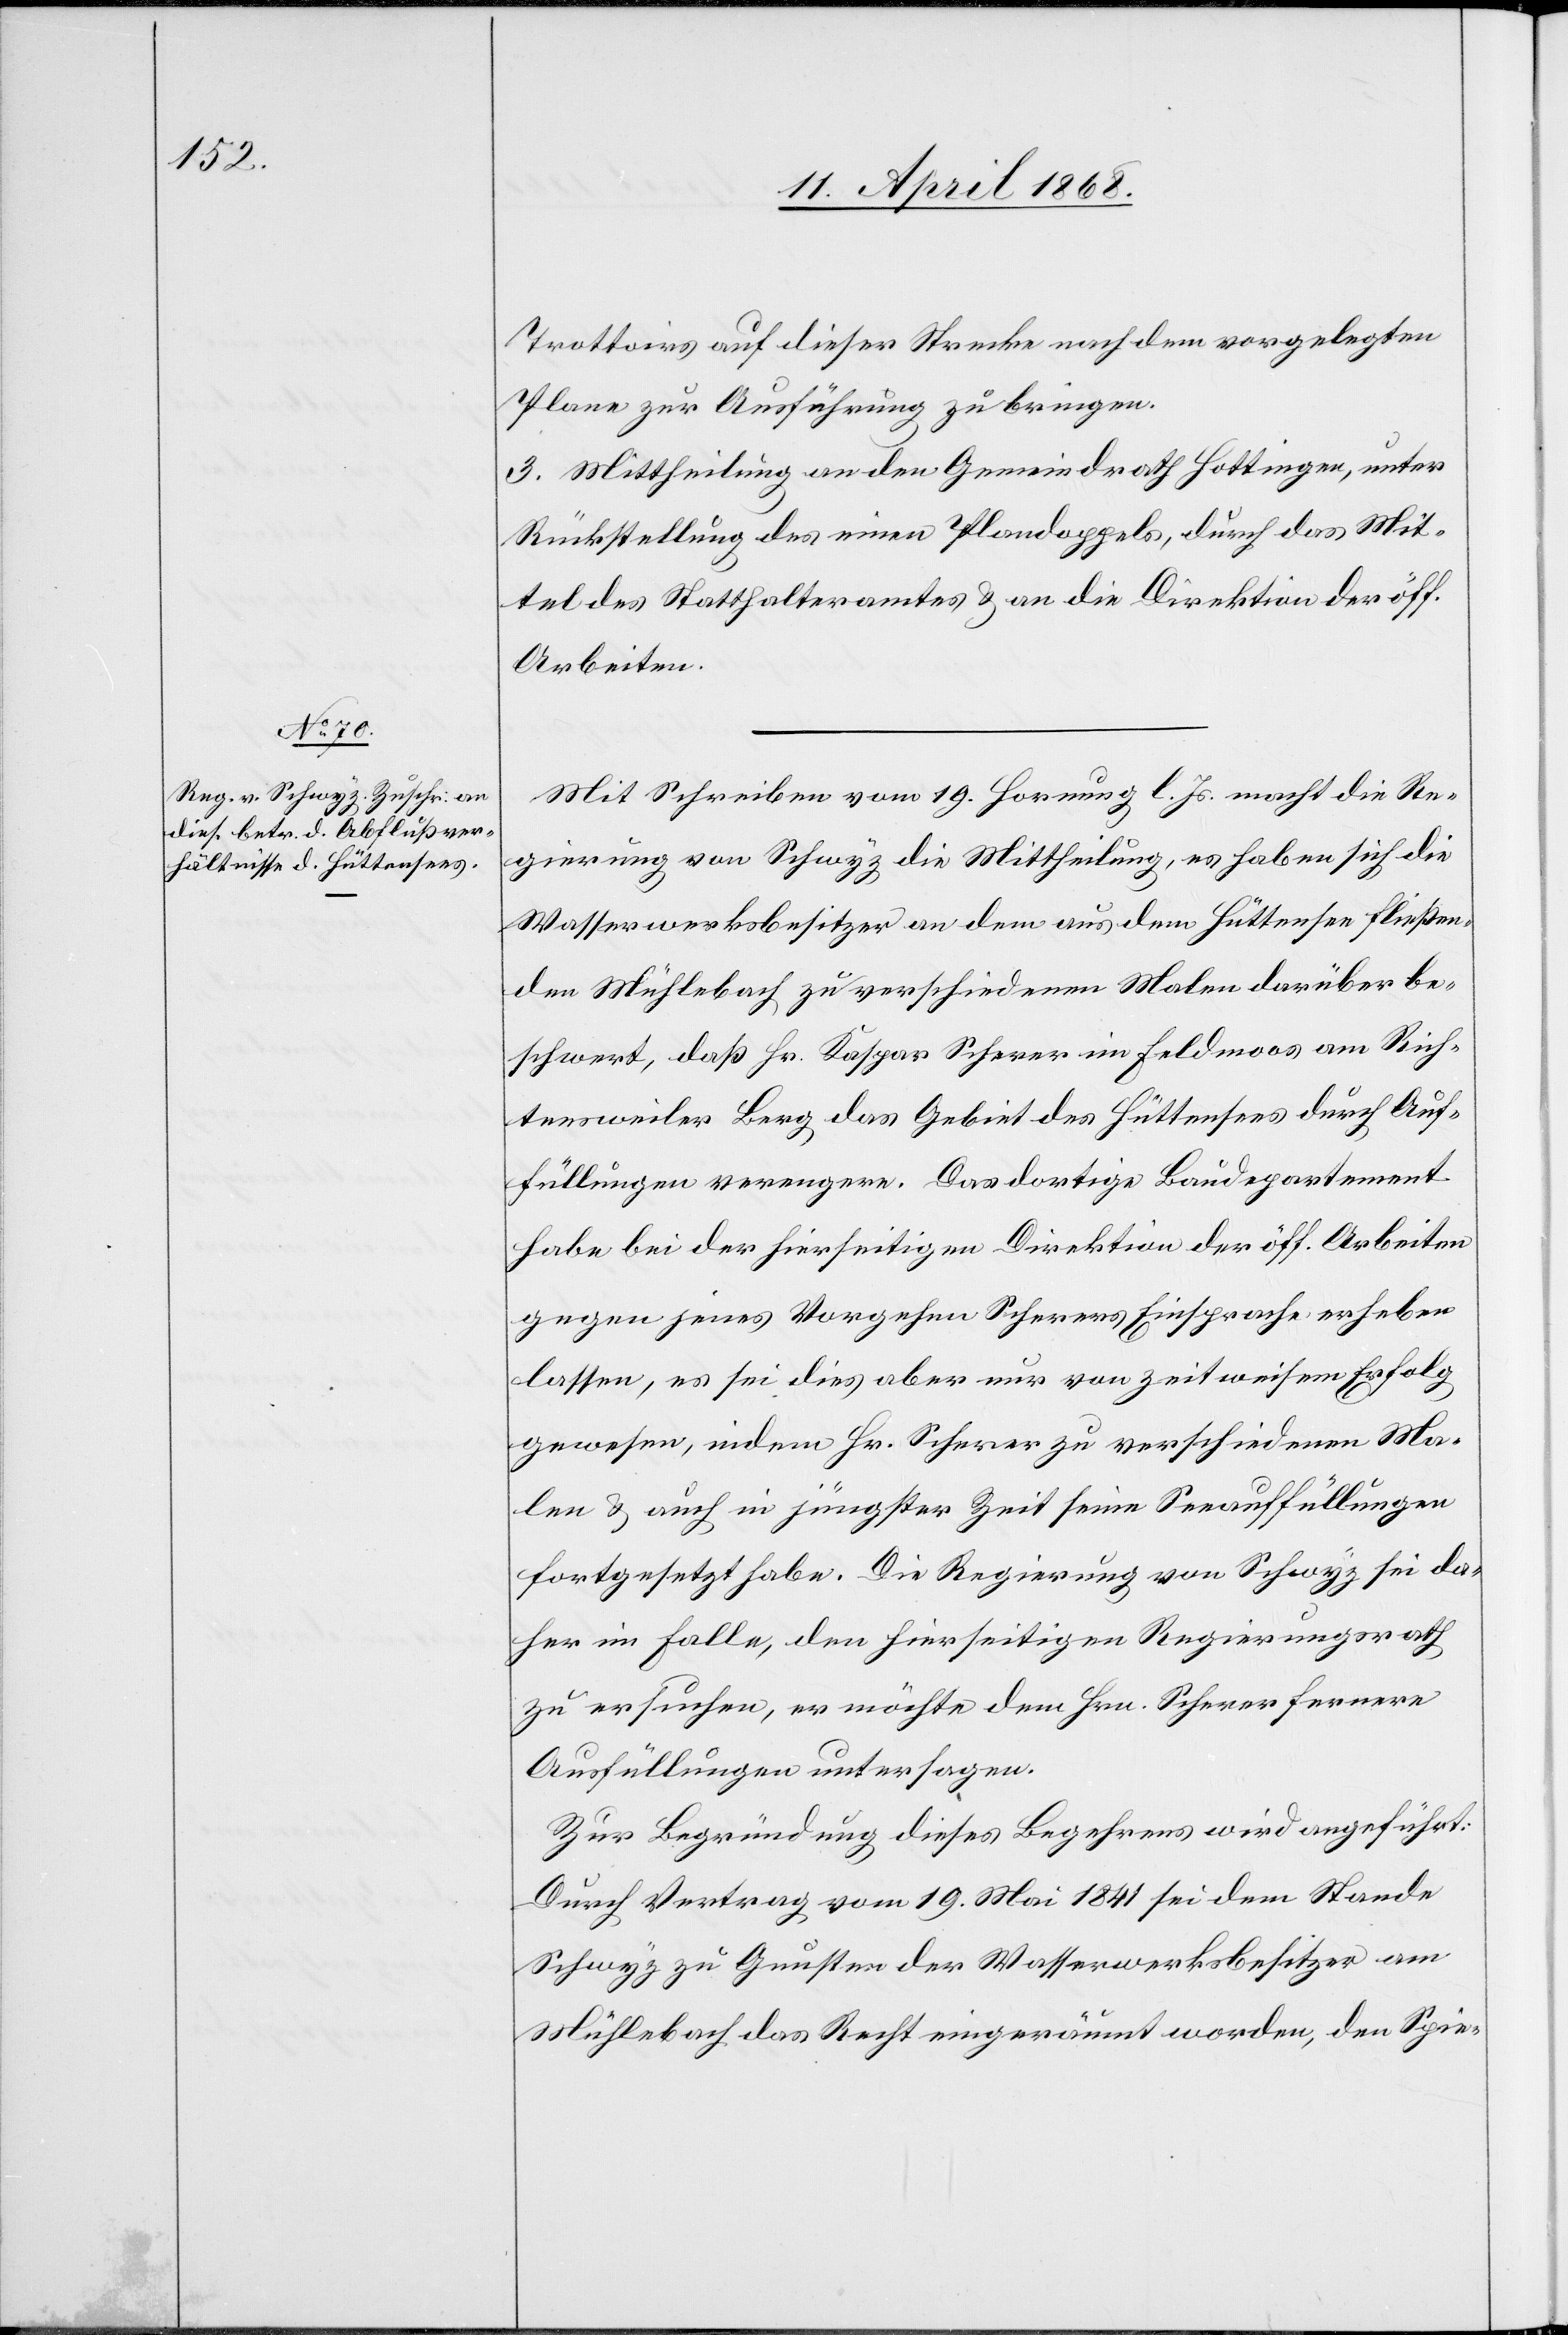
Trottoirs auf dieser Strecke nach dem vorgelegten
Plane zur Ausführung zu bringen.
3. Mittheilung an den Gemeindrath Hottingen, unter
Rückstellung des einen Plandoppels, durch das Mit¬
tel des Statthalteramtes & an die Direktion der öff.
Arbeiten.
Mit Schreiben vom 19. Hornung l. Js. macht die Re¬
gierung von Schwyz die Mittheilung, es haben sich die
Wasserwerksbesitzer an dem aus dem Hüttensee fließen¬
den Mühlebach zu verschiedenen Malen darüber be¬
schwert, daß Hr. Kaspar Scherer im Feldmoos am Rich¬
tensweiler Berg das Gebiet des Hüttensees durch Auf¬
füllungen verengere. Das dortige Baudepartement
habe bei der hierseitigen Direktion der öff. Arbeiten
gegen jenes Vorgehen Scherers Einsprache erheben
lassen, es sei dies aber nur von zeitweisem Erfolg
gewesen, indem Hr. Scherer zu verschiedenen Ma¬
len & auch in jüngster Zeit seine Seeauffüllungen
fortgesetzt habe. Die Regierung von Schwyz sei da¬
her im Falle, den hierseitigen Regierungsrath
zu ersuchen, er möchte dem Hrn. Scherer fernere
Ausfüllungen untersagen.
Zur Begründung dieses Begehrens wird angeführt:
Durch Vertrag vom 19. Mai 1841 sei dem Stande
Schwyz zu Gunsten der Wasserwerksbesitzer am
Mühlebach das Recht eingeräumt worden, den Spie-